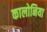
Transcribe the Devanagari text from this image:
कालोनिया